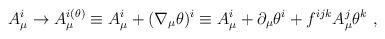
LaTeX: \begin{align*}A_{\mu}^i \rightarrow A_{\mu}^{i (\theta)} \equiv A_{\mu}^i +(\nabla_{\mu}\theta)^i\equiv A_{\mu}^i + \partial_{\mu} \theta^i + f^{ijk} A_{\mu}^j \theta^k\ ,\end{align*}